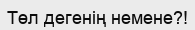
Төл дегенің немене?!